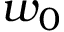
w _ { 0 }